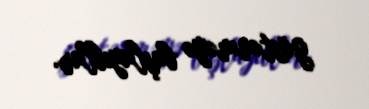
göstərməyə başlayıblar.